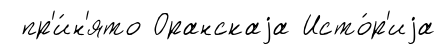
пр'и́н'ято Оранскаjа Исто́р'иjа